Medical and sanitary report of the native army of Bengal for the year
Year: 1874
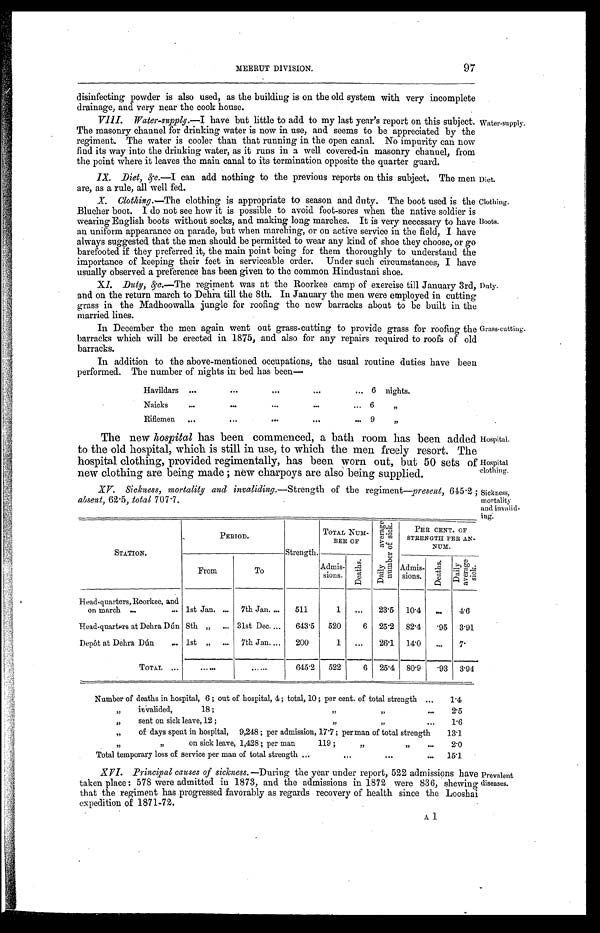
Diet.
Clothing.
Boots.
Hospital.
Hospital
clothing.
Sickness,
mortality
and invalid-
ing.
97
MEERUT DIVISION.
disinfecting powder is also used, as the building is on the old system with very incomplete
drainage, and very near the cook house.
VIII. Water-supply.— I have but little to add to my last year's report on this subject.
The masonry channel for drinking water is now in use, and seems to be appreciated by the
regiment. The water is cooler than that running in the open canal. No impurity can now
find its way into the drinking water, as it runs in a well covered-in masonry channel, from
the point where it leaves the main canal to its termination opposite the quarter guard.
IX. Diet, &c.—I can add nothing to the previous reports on this subject. The men
are. as a rule. all well fed.
X. Clothing.—The clothing is appropriate to season and duty. The boot used is the
Blucher boot. I do not see how it is possible to avoid foot-sores when the native soldier is
wearing English boots without socks, and making long marches. It is very necessary to have
an uniform appearance on parade, but when marching, or on active service in the field, I have
always suggested that the men should be permitted to wear any kind of shoe they choose, or go
barefooted if they preferred it, the main point being for them thoroughly to understand the
importance of keeping their feet in serviceable order. Under such circumstances, I have
usually observed a preference has been given to the Common Hindustani shoe.
XI. Duty, &c.—T h er
e g i m e n t w a s a t t h e R o o r k e e c a m p o f e x e r c i s e t i l l J a n u a r y 3 r d ,
and on the return march to Dehra till the 8th. In January the men were employed in cutting
grass in the Madhoowalla jungle for roofing the new barracks about to be built in the
married lines.
Water-supply.
Duty.
In December the men again went out grass-cutting to provide grass for roofing the
barracks which will be erected in 1875, and also for any repairs required to roofs of old
barracks.
In addition to the above-mentioned occupations, the usual routine duties have been
performed. The number of nights in bed has been
—
Havildars . . .
6 nights.
Naicks . . .
6 "
Riflemen . . .
9 "
The new hospital has been commenced, a bath room has been added
to the old hospital, which is still in use, to which the men freely resort. The
hospital clothing, provided regimentally, has been worn out, but 50 sets of
new clothing are being made ; new charpoys are also being supplied.
XV. Sickness, mortality and invaliding .—Strength of the regiment —present, 645.2;
absent, 62.5, total 707.7.
STATION.
PERIOD.
Strength.
TOTAL NUM-
BER OF
D a i l y a v e r a g e n u m b e r o f s i c k .
PER CENT. OF
STRENGTH PER AN-
NUM.
From
To
Admis-
sions.
D e a t h s .
Admis-
sions.
D e a t h s .
D a i l y a v e r a g e s i c k .
Head-quarters, Roorkee, and
on march . . .
1st Jan. . . .
7th Jan. . . .
511
1
. . .
23.5
10.4
. . .
4.6
Head-quarters at Debra Dún
8th " . . .
31st Dec. . . .
643.5
520
6
25.2
82.4
. 9 5 3.91
Depôt at Dehra Dún . . .
1st " . . .
7th Jan. . . .
200
1
. . .
26.1
14.0
. . .
7.
TOTAL . . .
. . .
. . .
645.2
522
6
25.4
80.9
. 9 3 3.94
Number of deaths in hospital, 6 ; out of hospital, 4 ; total, 10 ; per cent. of total strength . . .
1.4
" invalided, 18 ; " " . . .
2.5
" s e n t o n s i c k l e a v e , 1 2 ; " " . . .
1.6
" of days spent in hospital, 9,248 ; per admission, 17.7 ; per man of total strength
13.1
" on sick leave, 1,428 ; per man 119 ; " " . . .
2.0
Total temporary loss of service per man of total strength . . .
15.1
XVI. Principal causes of sickness.— During the year under report, 522 admissions have
taken place : 578 were admitted in 1873, and the admissions in 1872 were 836, shewing
that the regiment has progressed favorably as regards recovery of health since the Looshai
expedition of 1871-72.
Prevalent
diseases.
A1